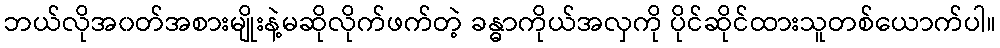
ဘယ်လိုအ၀တ်အစားမျိုးနဲ့မဆိုလိုက်ဖက်တဲ့ ခန္ဓာကိုယ်အလှကို ပိုင်ဆိုင်ထားသူတစ်ယောက်ပါ။